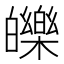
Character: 皪